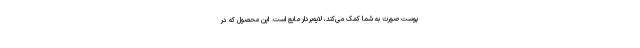
پوست صورت به شما کمک می‌کند، لایه‌بردار مایع است. این محصول که در